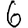
Digit: 6